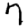
Digit: 7